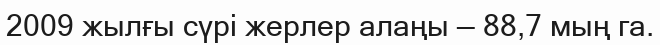
2009 жылғы сүрі жерлер алаңы — 88,7 мың га.